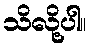
သိလို့ပါ။